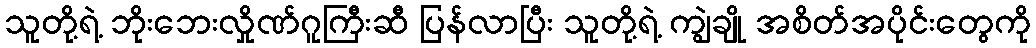
သူတို့ရဲ့ ဘိုးဘေးလှိုဏ်ဂူကြီးဆီ ပြန်လာပြီး သူတို့ရဲ့ ကျွဲချို အစိတ်အပိုင်းတွေကို